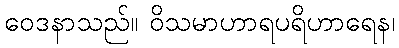
ဝေဒနာသည်။ ဝိသမာဟာရပရိဟာရေန၊